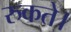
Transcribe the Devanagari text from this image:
रुकते।